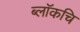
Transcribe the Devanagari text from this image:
ब्लॉकचि